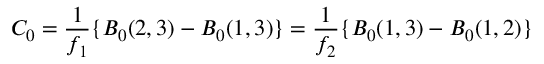
C _ { 0 } = \frac { 1 } { f _ { 1 } } \{ B _ { 0 } ( 2 , 3 ) - B _ { 0 } ( 1 , 3 ) \} = \frac { 1 } { f _ { 2 } } \{ B _ { 0 } ( 1 , 3 ) - B _ { 0 } ( 1 , 2 ) \}